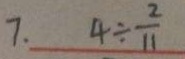
7 . 4 \div \frac { 2 } { 1 1 }